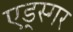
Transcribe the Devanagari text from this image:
एड्स्गर